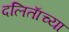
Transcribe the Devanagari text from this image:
दलिताॅच्या